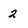
Character: 2